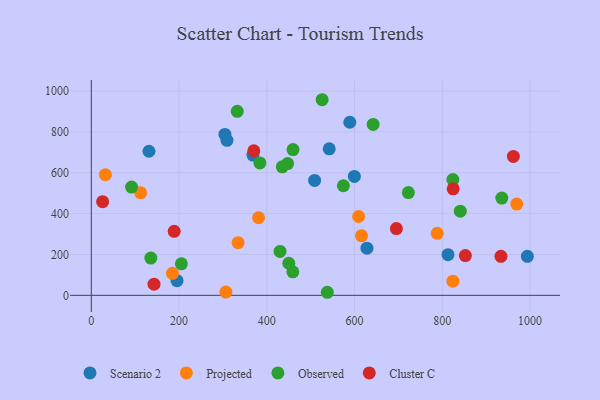
{"axis": {"x": "Experience", "y": "Fuel Efficiency"}, "legend": ["Cluster C", "Observed", "Projected", "Scenario 2"], "data": [{"x": "812.9", "y": 199.2, "type": "Scenario 2"}, {"x": "993.8", "y": 190.7, "type": "Scenario 2"}, {"x": "195.4", "y": 71.9, "type": "Scenario 2"}, {"x": "628.2", "y": 230.7, "type": "Scenario 2"}, {"x": "508.9", "y": 562.5, "type": "Scenario 2"}, {"x": "368.3", "y": 686.3, "type": "Scenario 2"}, {"x": "542.2", "y": 717.1, "type": "Scenario 2"}, {"x": "304.5", "y": 787.6, "type": "Scenario 2"}, {"x": "599.5", "y": 581.8, "type": "Scenario 2"}, {"x": "131.4", "y": 705.2, "type": "Scenario 2"}, {"x": "589.1", "y": 847.0, "type": "Scenario 2"}, {"x": "309.2", "y": 758.8, "type": "Scenario 2"}, {"x": "184.9", "y": 107.7, "type": "Projected"}, {"x": "112.4", "y": 501.8, "type": "Projected"}, {"x": "609.3", "y": 385.8, "type": "Projected"}, {"x": "788.4", "y": 303.7, "type": "Projected"}, {"x": "381.2", "y": 379.6, "type": "Projected"}, {"x": "306.7", "y": 15.9, "type": "Projected"}, {"x": "615.9", "y": 291.2, "type": "Projected"}, {"x": "334.5", "y": 257.5, "type": "Projected"}, {"x": "32.1", "y": 590.7, "type": "Projected"}, {"x": "969.6", "y": 446.5, "type": "Projected"}, {"x": "824.0", "y": 69.4, "type": "Projected"}, {"x": "205.3", "y": 154.2, "type": "Observed"}, {"x": "384.2", "y": 647.8, "type": "Observed"}, {"x": "435.3", "y": 628.9, "type": "Observed"}, {"x": "574.5", "y": 536.4, "type": "Observed"}, {"x": "135.6", "y": 182.6, "type": "Observed"}, {"x": "332.6", "y": 900.4, "type": "Observed"}, {"x": "642.3", "y": 836.6, "type": "Observed"}, {"x": "537.8", "y": 15.0, "type": "Observed"}, {"x": "91.7", "y": 529.9, "type": "Observed"}, {"x": "935.5", "y": 475.9, "type": "Observed"}, {"x": "430.1", "y": 214.7, "type": "Observed"}, {"x": "824.0", "y": 566.4, "type": "Observed"}, {"x": "526.0", "y": 957.3, "type": "Observed"}, {"x": "450.1", "y": 157.1, "type": "Observed"}, {"x": "722.6", "y": 503.0, "type": "Observed"}, {"x": "459.7", "y": 713.1, "type": "Observed"}, {"x": "447.3", "y": 644.7, "type": "Observed"}, {"x": "459.3", "y": 115.1, "type": "Observed"}, {"x": "840.9", "y": 412.0, "type": "Observed"}, {"x": "933.6", "y": 191.0, "type": "Cluster C"}, {"x": "370.3", "y": 707.6, "type": "Cluster C"}, {"x": "25.8", "y": 458.4, "type": "Cluster C"}, {"x": "695.3", "y": 326.6, "type": "Cluster C"}, {"x": "824.6", "y": 521.1, "type": "Cluster C"}, {"x": "142.9", "y": 54.6, "type": "Cluster C"}, {"x": "961.9", "y": 679.6, "type": "Cluster C"}, {"x": "188.9", "y": 313.4, "type": "Cluster C"}, {"x": "852.5", "y": 194.7, "type": "Cluster C"}]}